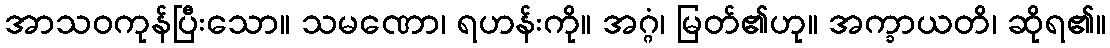
အာသဝကုန်ပြီးသော။ သမဏော၊ ရဟန်းကို။ အဂ္ဂံ၊ မြတ်၏ဟု။ အက္ခာယတိ၊ ဆိုရ၏။